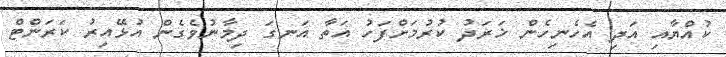
ކުއްޔާއި އަދި އެހެނިހެން ޚަރަދު ކުރުމަށްފަހު އަތާ އަނގަ ދިމާނުވެގެން އުޅޭއިރު ކަރަންޓް